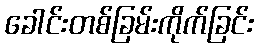
ခေါင်းတစ်ခြမ်းကိုက်ခြင်း